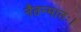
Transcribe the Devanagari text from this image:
नैतन्मातः।